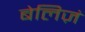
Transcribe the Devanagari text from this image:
बेलिज़ं